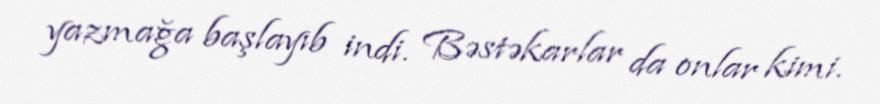
yazmağa başlayıb indi. Bəstəkarlar da onlar kimi.